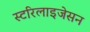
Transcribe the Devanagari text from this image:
स्टरिलाइजेसन